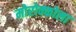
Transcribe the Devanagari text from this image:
मोरोक्कोला